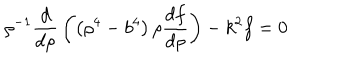
\rho ^ { - 1 } { \frac { d } { d \rho } } \left( \left( \rho ^ { 4 } - b ^ { 4 } \right) \rho { \frac { d f } { d \rho } } \right) - k ^ { 2 } f = 0